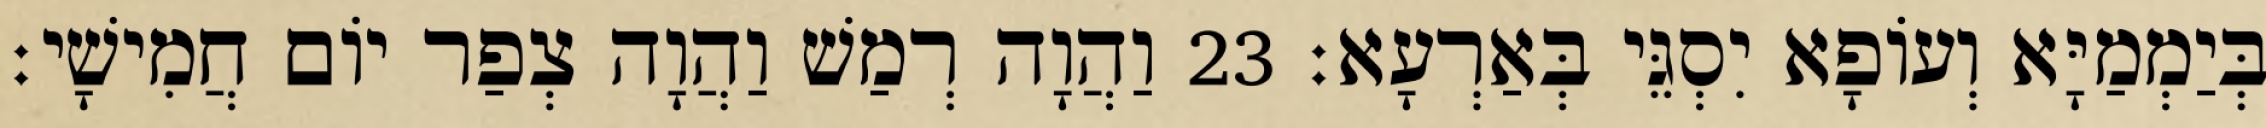
בְּיַמְמַיָּא וְעוֹפָא יִסְגֵּי בְּאַרְעָא׃ 23 וַהֲוָה רְמַשׁ וַהֲוָה צְפַר יוֹם חֲמִישָׁי׃